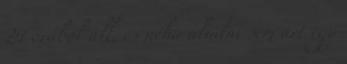
24 órából áll, és néha aludni sem árt egy